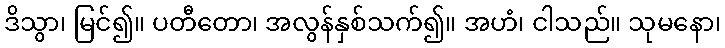
ဒိသွာ၊ မြင်၍။ ပတီတော၊ အလွန်နှစ်သက်၍။ အဟံ၊ ငါသည်။ သုမနော၊